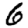
Digit: 6